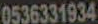
0536331934